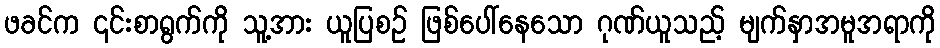
ဖခင်က ၎င်းစာရွက်ကို သူ့အား ယူပြစဉ် ဖြစ်ပေါ်နေသော ဂုဏ်ယူသည့် မျက်နှာအမူအရာကို